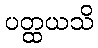
ပတ္ထယသိ